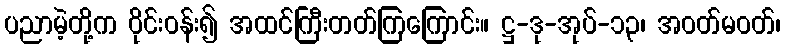
ပညာမဲ့တို့က ဝိုင်းဝန်း၍ အထင်ကြီးတတ်ကြကြောင်း။ ဋ္ဌ-ဒု-အုပ်-၁၃၊ အဝတ်မဝတ်၊